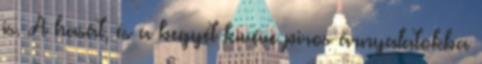
is. A hasát, és a begyét kivéve piros árnyalatokba